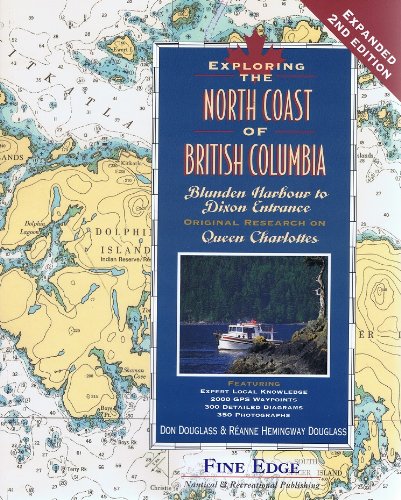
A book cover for Exploring the North Coast of British Columbia: Blunden Harbour to Dixon Entrance, Including the Queen Charlotte Islands, 2nd Ed.; Don Douglass; Travel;